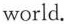
world.